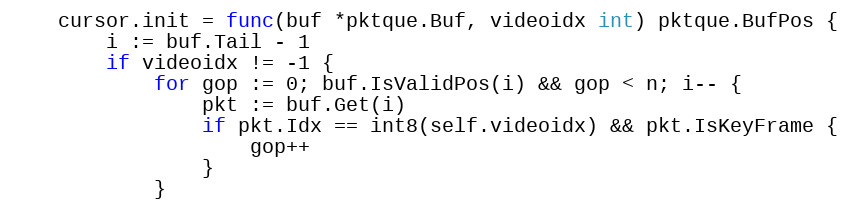
Language: Go
	cursor.init = func(buf *pktque.Buf, videoidx int) pktque.BufPos {
		i := buf.Tail - 1
		if videoidx != -1 {
			for gop := 0; buf.IsValidPos(i) && gop < n; i-- {
				pkt := buf.Get(i)
				if pkt.Idx == int8(self.videoidx) && pkt.IsKeyFrame {
					gop++
				}
			}